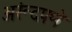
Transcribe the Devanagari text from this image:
अरूंदपणे